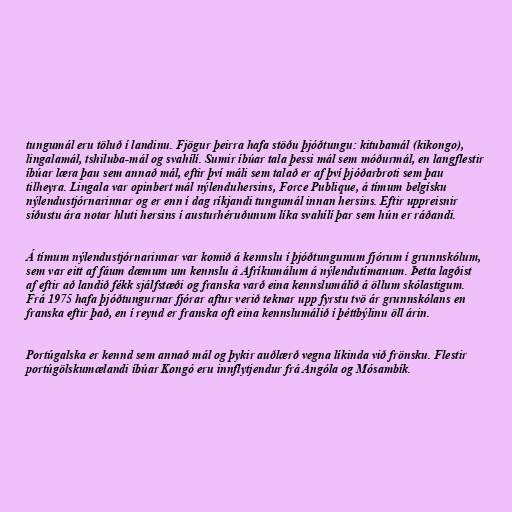
tungumál eru töluð í landinu. Fjögur þeirra hafa stöðu þjóðtungu: kitubamál (kikongo),
lingalamál, tshiluba-mál og svahílí. Sumir íbúar tala þessi mál sem móðurmál, en langflestir
íbúar læra þau sem annað mál, eftir því máli sem talað er af því þjóðarbroti sem þau
tilheyra. Lingala var opinbert mál nýlenduhersins, Force Publique, á tímum belgísku
nýlendustjórnarinnar og er enn í dag ríkjandi tungumál innan hersins. Eftir uppreisnir
síðustu ára notar hluti hersins í austurhéruðunum líka svahílí þar sem hún er ráðandi.

Á tímum nýlendustjórnarinnar var komið á kennslu í þjóðtungunum fjórum í grunnskólum,
sem var eitt af fáum dæmum um kennslu á Afríkumálum á nýlendutímanum. Þetta lagðist
af eftir að landið fékk sjálfstæði og franska varð eina kennslumálið á öllum skólastigum.
Frá 1975 hafa þjóðtungurnar fjórar aftur verið teknar upp fyrstu tvö ár grunnskólans en
franska eftir það, en í reynd er franska oft eina kennslumálið í þéttbýlinu öll árin.

Portúgalska er kennd sem annað mál og þykir auðlærð vegna líkinda við frönsku. Flestir
portúgölskumælandi íbúar Kongó eru innflytjendur frá Angóla og Mósambík.